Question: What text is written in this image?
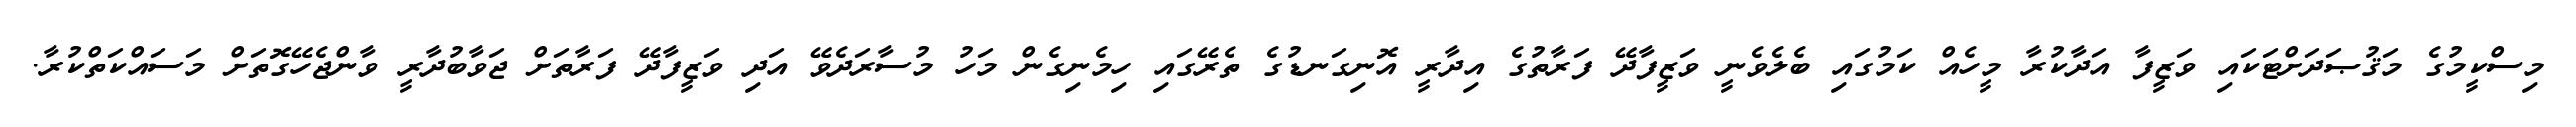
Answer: މިސްކީމުގެ މަޤުޞަދަށްޓަކައި ވަޒީފާ އަދާކުރާ މީހެއް ކަމުގައި ބެލެވެނީ ވަޒީފާދޭ ފަރާތުގެ އިދާރީ އޮނިގަނޑުގެ ތެރޭގައި ހިމެނިގެން މަހު މުސާރަދެވޭ އަދި ވަޒީފާދޭ ފަރާތަށް ޖަވާބުދާރީ ވާންޖެހޭގޮތަށް މަސައްކަތްކުރާ.